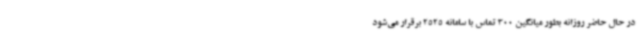
در حال حاضر روزانه بطور میانگین 300 تماس با سامانه 2525 برقرار می‌شود